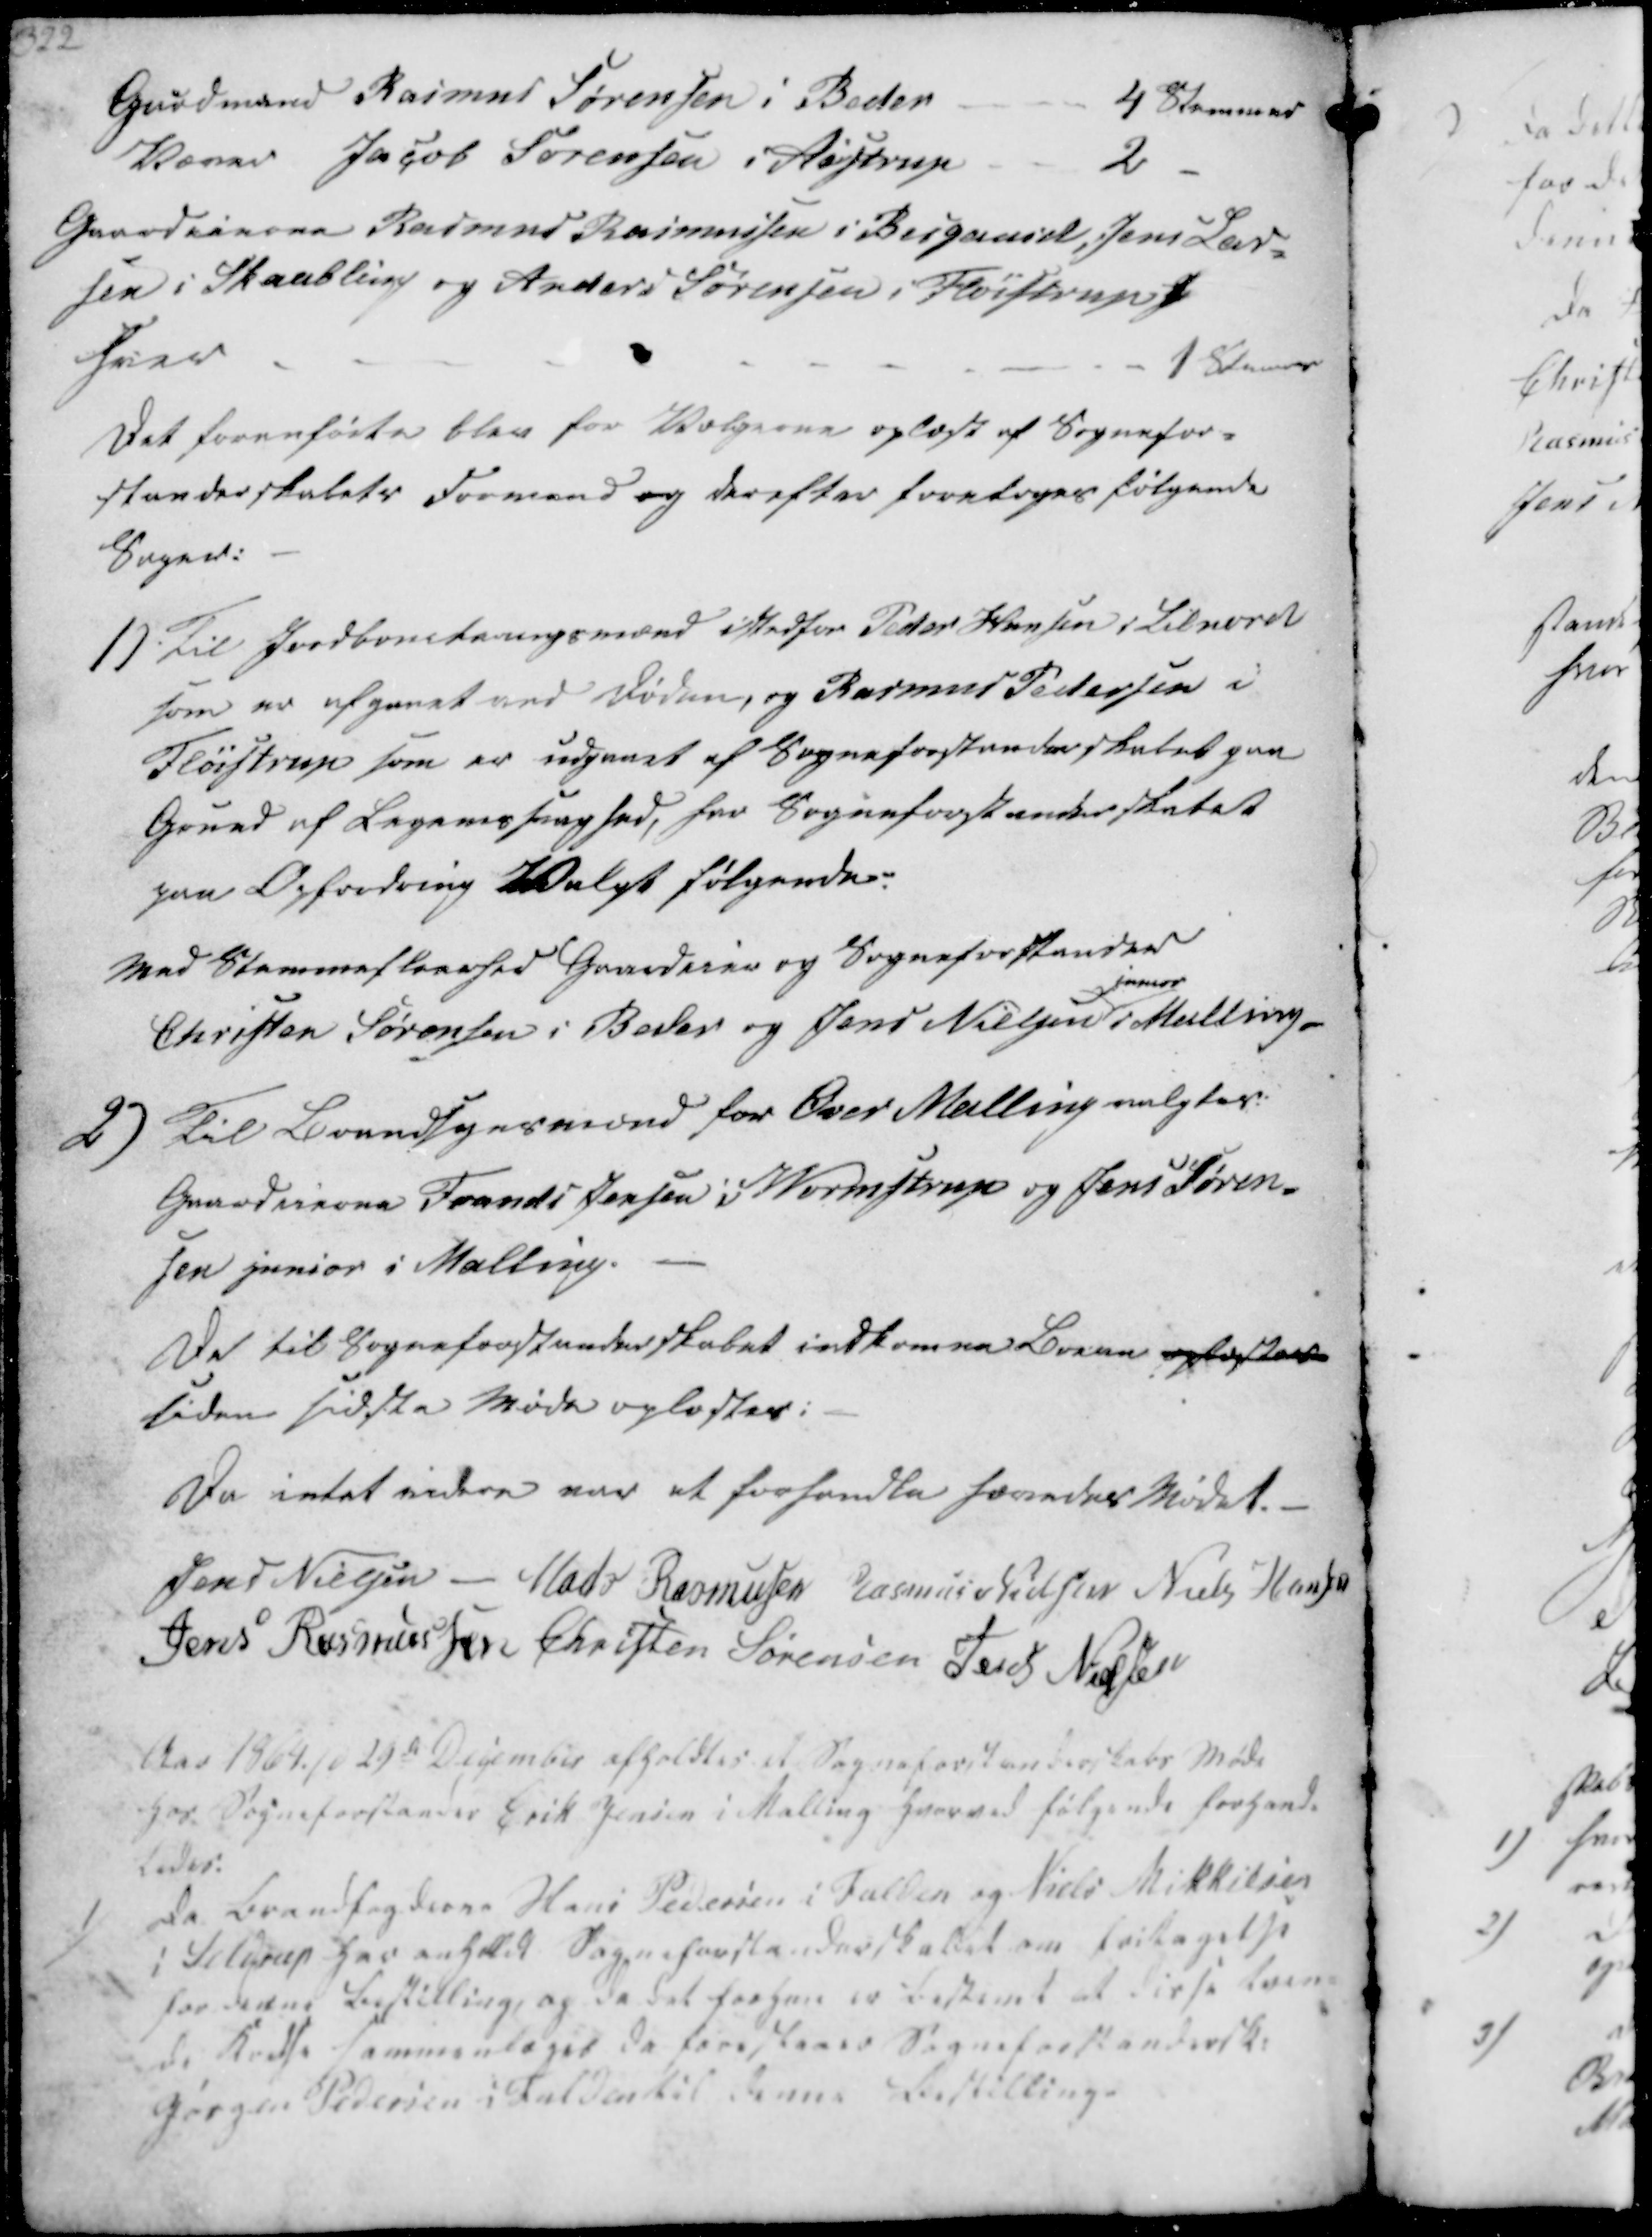
Transskription:
Gaardmand Rasmus Sørensen i Beder
4 Stemmer
Væver Jacob Sørensen i Aistrup
2
Gaardeierne Rasmus Rasmussen i Bisgaard, Jens Lar-
sen i Skaabling og Anders Sørensen i Fløistrup h
hver
1 Stemer

Det foranførte blev for Vælgerne oplæst af Sognefor-
standerskabets Formand og derefter foretoges følgende
Sager:

1) Til Jordbonetaningsmænd istedfor Peder Hansen i Lilnord
som er afgaaet ved Døden, og Rasmus Pedersen i
Fløistrup som er udgaaet af Sogneforstanderskabet paa
Grund af Legemsvaghed, har Sogneforstanderskabet
paa Opfordring Valgt følgende:
Med Stemmefleerhed Gaardeier og Sogneforstander
Christen Sørensen i Beder og Jens Nielsen
junior
i Malling

2) Til Brandsynsmænd for Over Malling valgtes:
Gaardeierne Frands Jensen i Wormstrup og Jens Søren-
sen junior i Malling.
De til Sogneforstanderskabet indkomne Breve oplæstes
siden sidste Møde oplæstes:

Da intet videre var at forhandle hævedes Mødet.
Jens Nielsen
Mads Rasmussen
Rasmus Nielsen
Niels Hansen
Jens Rasmussen
Christen Sørensen
Jens Nielsen

Aar 1864 d 29de December afholdtes et Sogneforstanderskabs Møde
hos Sogneforstander Erik Jensen i Malling hvorved følgende forhand-
ledes.

1/
Da Brandfogderne Hans Pedersen i Fulden og Niels Mikkelsen
i Seldrup har anholdt Sogneforstanderskabet om fritagelse
for denne Bestilling, og da det forhen er bestemt at disse tven-
de Kredse sammentaget da forestaaer Sogneforstandersk.
Jørgen Pedersen i Fulden til denne Bestilling.